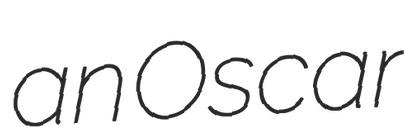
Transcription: an Oscar